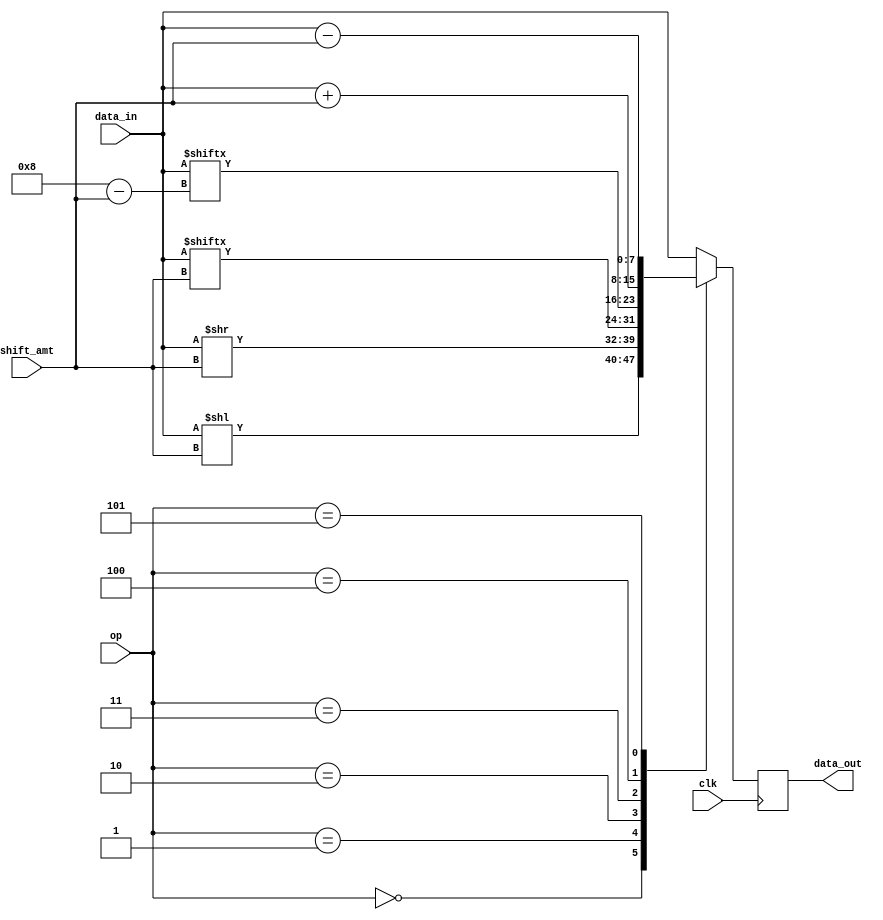
module Hybrid_Barrel_Shifter (
    input clk,
    input [3:0] op,
    input [7:0] data_in,
    input [3:0] shift_amt,
    output reg [7:0] data_out
);

reg [7:0] temp;
always @(posedge clk) begin
    case(op)
        4'b0000: temp = data_in << shift_amt; // left shift
        4'b0001: temp = data_in >> shift_amt; // right shift
        4'b0010: temp = {data_in[shift_amt-1:0], data_in[7:shift_amt]}; // rotate right
        4'b0011: temp = {data_in[7-shift_amt:7], data_in[0:8-shift_amt]}; // rotate left
        4'b0100: temp = data_in + shift_amt; // add
        4'b0101: temp = data_in - shift_amt; // subtract
        default: temp = data_in; // pass-through
    endcase
    data_out <= temp;
end

endmodule